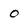
Character: 0